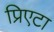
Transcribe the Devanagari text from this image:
प्रिएटा